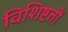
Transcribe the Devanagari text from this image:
विशिष्टतों